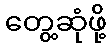
တွေ့ဆုံဖို့